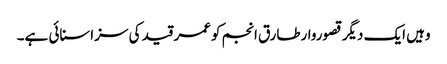
وہیں ایک دیگر قصوروارطارق انجم کوعمر قید کی سزاسنائی ہے۔